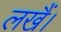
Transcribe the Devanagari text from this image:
लखैं।